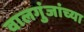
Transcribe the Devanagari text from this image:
वालगुंजांच्या